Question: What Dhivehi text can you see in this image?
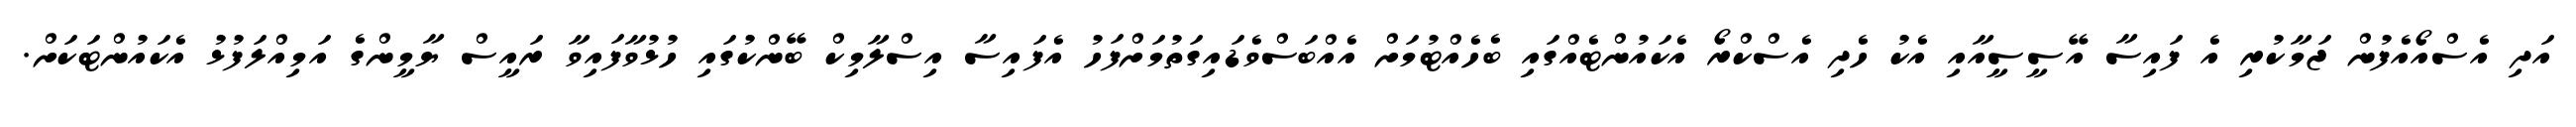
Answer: އަދި އެސްއޯއެފުން ޖަމާކުރި އެ ފައިސާ އޭސީސީއާއި އެކު ހެދި އެސްކްރޯ އެކައުންޓެއްގައި ބެހެއްޓުމަށް އެއްބަސްވެޑައިގަތުމަށްފަހު އެފައިސާ އިސްލާމިކް ބޭންކުގައި ހުޅުވާފައިވާ ރައީސް ޔާމީންގެ އަމިއްލަފުޅު އެކައުންޓަކަށް.